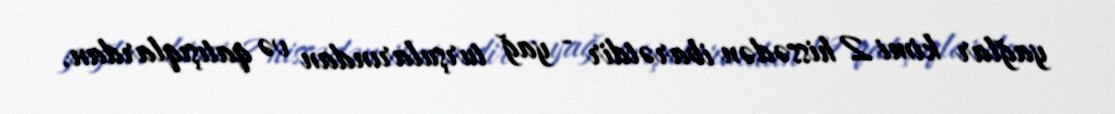
yağlar kimi 2 hissədən ibarətdir - yağ turşularından və qatışıqlardan.